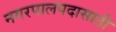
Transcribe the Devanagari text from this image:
नगरपालपदासाठी